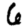
Digit: 6